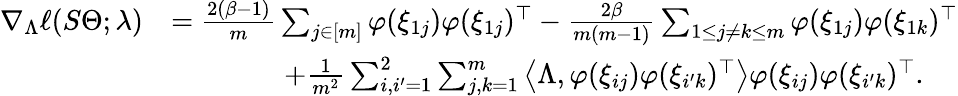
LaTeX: \begin{array}{rl}{\nabla_{\Lambda}\ell(S\Theta;\lambda)}&{=\frac{2(\beta-1)}{m}\sum_{j\in[m]}\varphi(\xi_{1j})\varphi(\xi_{1j})^{\top}-\frac{2\beta}{m(m-1)}\sum_{1\leq j\neq k\leq m}\varphi(\xi_{1j})\varphi(\xi_{1k})^{\top}}\\ &{\qquad\qquad+\frac{1}{m^{2}}\sum_{i,i^{\prime}=1}^{2}\sum_{j,k=1}^{m}\left\langle\Lambda,\varphi(\xi_{ij})\varphi(\xi_{i^{\prime}k})^{\top}\right\rangle\varphi(\xi_{ij})\varphi(\xi_{i^{\prime}k})^{\top}.}\end{array}